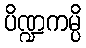
ပိဏ္ဍကမ္ပိ